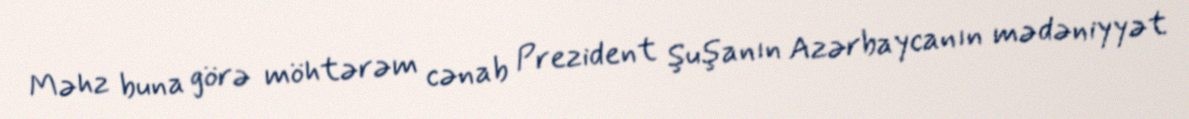
Məhz buna görə möhtərəm cənab Prezident Şuşanın Azərbaycanın mədəniyyət